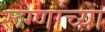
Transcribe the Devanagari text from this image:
रूग्णांच्या